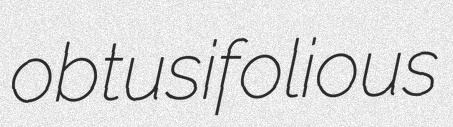
obtusifolious